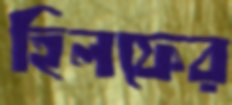
হিলফের